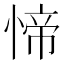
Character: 𱞷